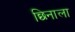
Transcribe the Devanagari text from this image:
छिनाला